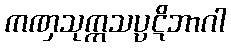
ကဏှသုက္ကသပ္ပဋိဘာဂါ